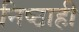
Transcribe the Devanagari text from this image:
निष्ठाही